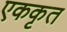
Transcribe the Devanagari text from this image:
एककृत